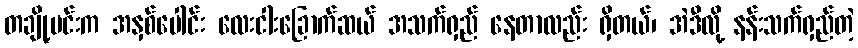
တချို့မင်းက အနှစ်ပေါင်း လေးငါးခြောက်ဆယ် အသက်ရှည် နေတာလည်း ရှိတယ်၊ အဲဒီလို့ နန်းသက်ရှည်တဲ့